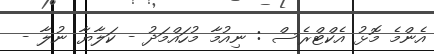
އެންމެ މޮޅު އެކްޓްރެސް : ނިއުމާ މުހައްމަދު - ކަލާޔާ ނުލާ -